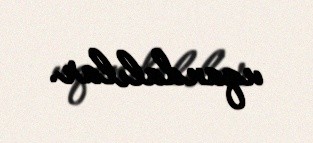
uqandalılar.